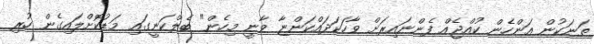
ތަނަކުން އަންހެން ކުއްޖެއް ފެންނައިރަށް ވާހަކަދައްކަންޏާ ވާނީ މިހެން" ބެލްކަނީގައި މަޑުކޮށްލައިގެން ހުރި